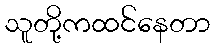
သူတို့ကထင်နေတာ